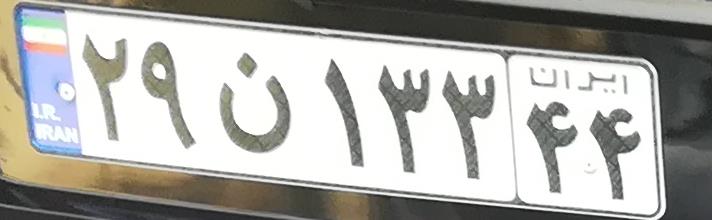
۲۹ن۱۳۳۴۴